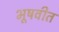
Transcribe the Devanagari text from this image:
भूषवीत